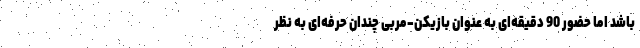
باشد اما حضور 90 دقیقه‌ای به عنوان بازیکن-مربی چندان حرفه‌ای به نظر